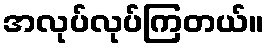
အလုပ်လုပ်ကြတယ်။